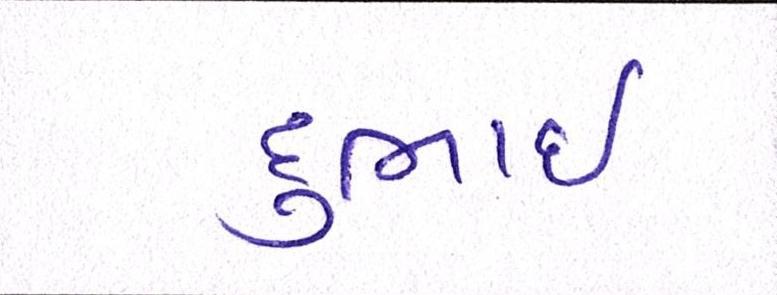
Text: દુભાઇ